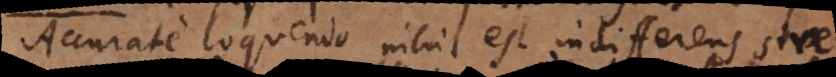
Accurate loquendo nihil est indifferens sive